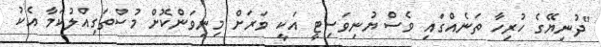
"ދުނިޔޭގެ ހުރިހާ ތަނެއްގައި ވެސް ޔުނިވަސިޓީ އަކީ ވަރަށް މިނިވަންކޮށް މުސްތަގިއްލުކަމާ އެކު